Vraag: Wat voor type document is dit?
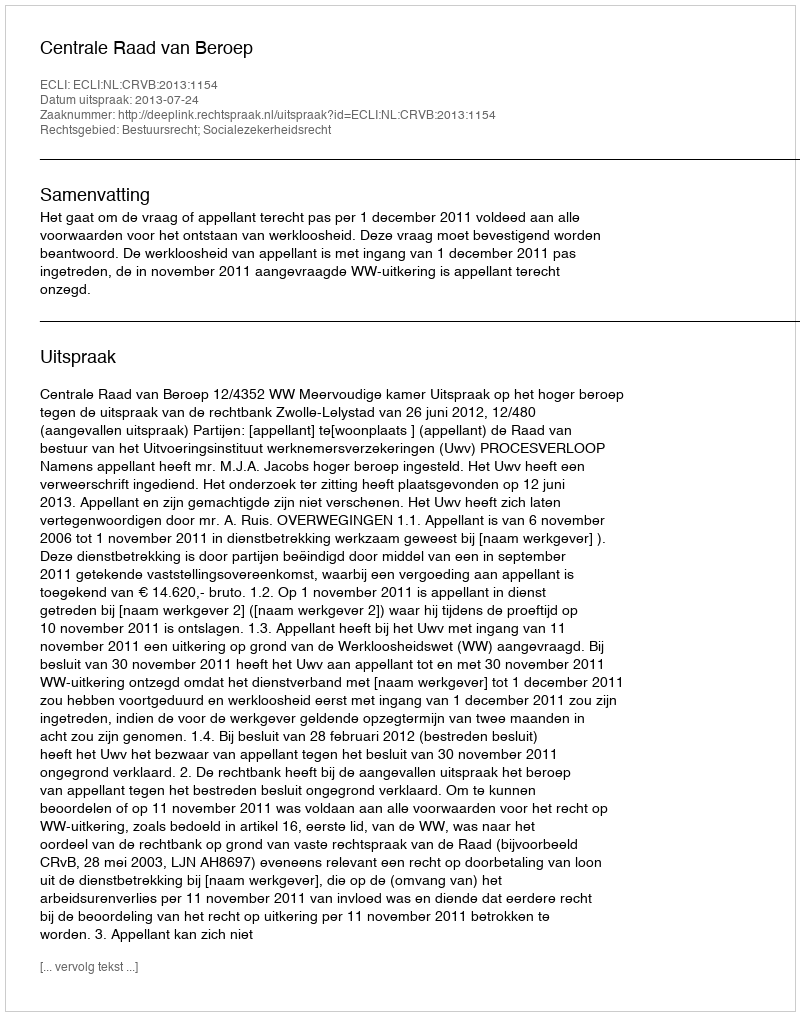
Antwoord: Uitspraak